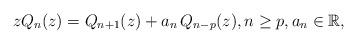
LaTeX: \begin{align*}z Q_{n}(z)=Q_{n+1}(z)+a_{n}\,Q_{n-p}(z),n\geq p,a_{n}\in\mathbb{R},\end{align*}